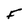
Character: F